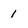
Character: 1